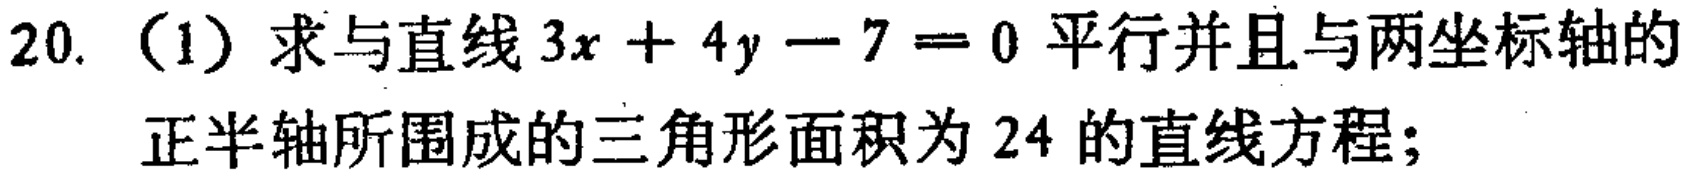
20.（1）求与直线\(3x + 4y - 7 = 0\)平行并且与两坐标轴的正半轴所围成的三角形面积为\(24\)的直线方程；